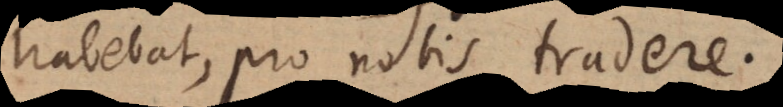
habebat, pro nobis tradere.